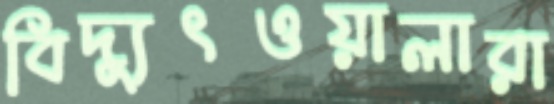
বিদ্যুৎওয়ালারা